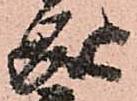
成